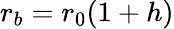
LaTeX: r_{b}=r_{0}(1+h)